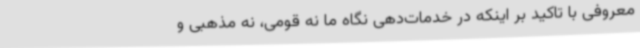
معروفی با تاکید بر اینکه در خدمات‌دهی نگاه ما نه قومی، نه مذهبی و